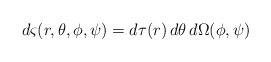
LaTeX: \begin{align*}d\varsigma(r, \theta,\phi, \psi)= d\tau(r)\, d\theta\, d\Omega(\phi ,\psi )\end{align*}